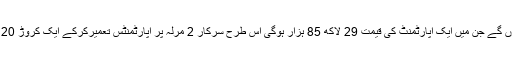
ایک اپارٹمنٹ کا رقبہ 2 مرلہ (550مربع فٹ) ہوگاجس پر4 اپارٹمنٹس تعمیر ہوں گے جن میں ایک اپارٹمنٹ کی قیمت 29 لاکھ 85 ہزار ہوگی اس طرح سرکار 2 مرلہ پر اپارٹمنٹس تعمیرکرکے ایک کروڑ 20 لاکھ روپے کمائےگی جب کہ ملتان میں 250 اپارٹمنٹس تعمیر کئے جائیں گے۔